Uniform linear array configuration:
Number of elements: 12
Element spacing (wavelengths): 0.75
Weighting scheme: exponential
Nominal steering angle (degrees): -45
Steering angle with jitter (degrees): -43.277
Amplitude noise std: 0.05
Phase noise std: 0.05

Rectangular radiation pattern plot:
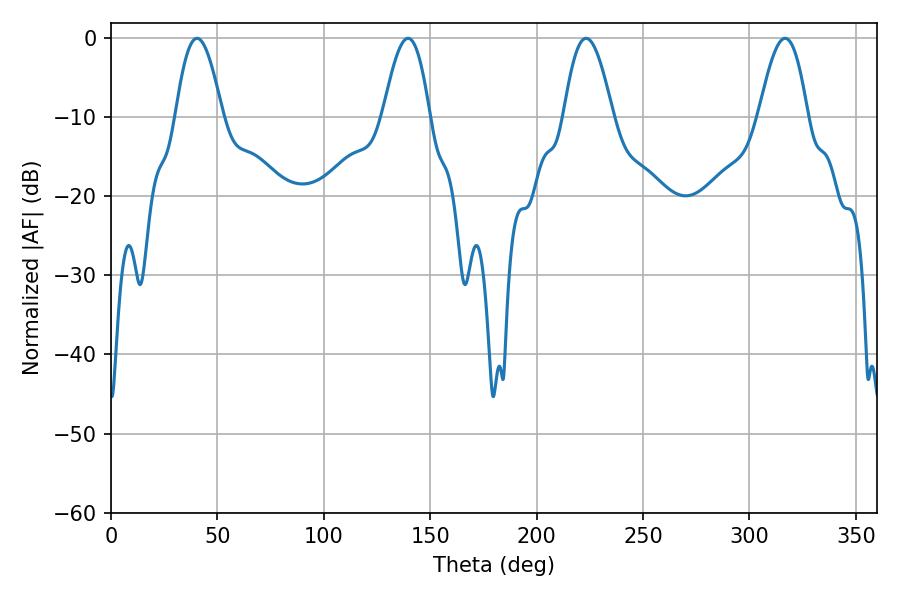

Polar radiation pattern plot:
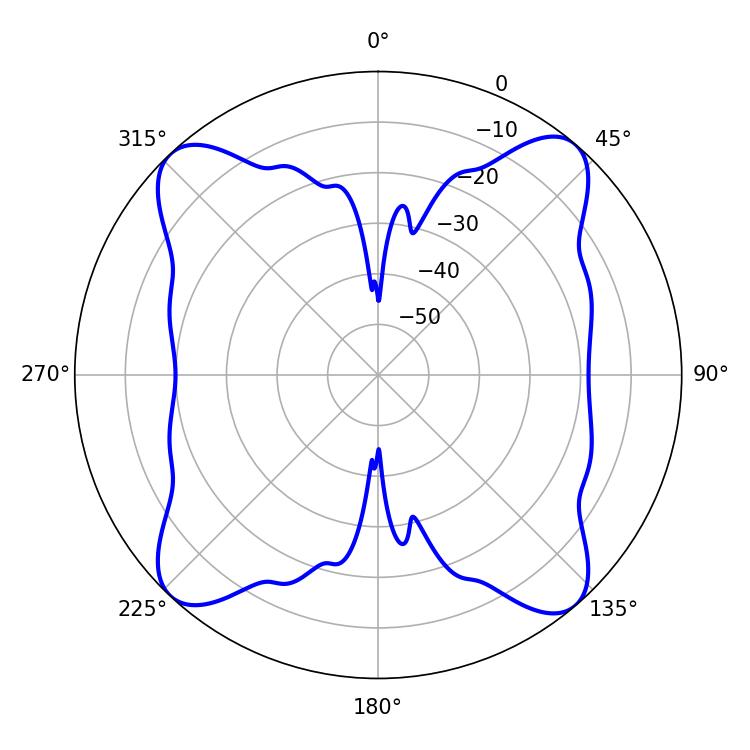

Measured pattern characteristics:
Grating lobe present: TRUE
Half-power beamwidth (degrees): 12.6
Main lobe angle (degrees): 223.2